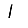
Digit: 1